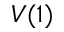
V ( 1 )